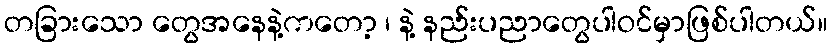
တခြားသော တွေအနေနဲ့ကတော့ ၊ နဲ့ နည်းပညာတွေပါဝင်မှာဖြစ်ပါတယ်။